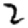
Digit: 2